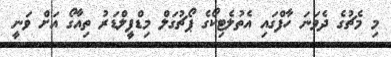
މި މެޗުގެ ދެވަނަ ހާފްގައި އެތުލެޓިކޯގެ ޕޯޗުގަލް މިޑްފީލްޑަރު ތިއާގޯ އަށް ވަނީ